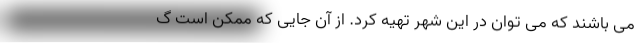
می باشند که می توان در این شهر تهیه کرد. از آن جایی که ممکن است گ